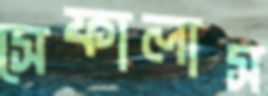
সেফালাস